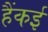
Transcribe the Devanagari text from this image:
हैंकई